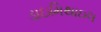
ડાઇમિથાઇલ